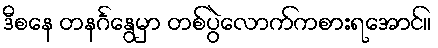
ဒီစနေ တနင်္ဂနွေမှာ တစ်ပွဲလောက်ကစားရအောင်။